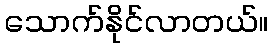
သောက်နိုင်လာတယ်။